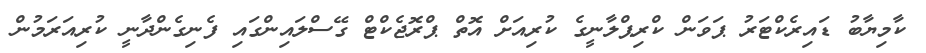
ކާމިޔާބު ޑައިރެކްޓަރު ޕަވަން ކްރިޕްލާނީގެ ކުރިއަށް އޮތް ޕްރޮޖެކްޓް ގޭސްލައިންގައި ފެނިގެންދާނީ ކުރިއަރަމުން